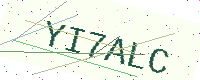
Text: YI7ALC